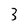
Character: 3